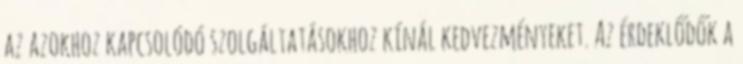
az azokhoz kapcsolódó szolgáltatásokhoz kínál kedvezményeket. Az érdeklődők a